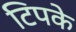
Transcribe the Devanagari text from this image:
टिपके